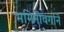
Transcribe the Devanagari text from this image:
भगिनीवर्गाने